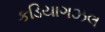
કડિયાગઝલ